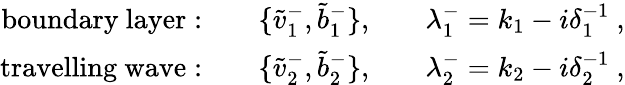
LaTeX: \begin{array}{rlrlr}{\mathrm{boundary~layer:}}&{}&{\{ \tilde{v}_{1}^{-},\tilde{b}_{1}^{-}\} ,}&{}&{\lambda_{1}^{-}=k_{1}-i\delta_{1}^{-1}~,}\\ {\mathrm{travelling~wave:}}&{}&{\{ \tilde{v}_{2}^{-},\tilde{b}_{2}^{-}\} ,}&{}&{\lambda_{2}^{-}=k_{2}-i\delta_{2}^{-1}~,}\end{array}